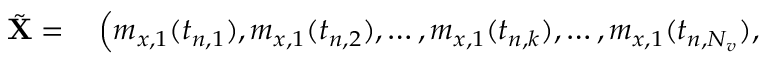
\begin{array} { r l } { \tilde { \mathbf { X } } = } & { { } \left( m _ { x , 1 } ( t _ { n , 1 } ) , m _ { x , 1 } ( t _ { n , 2 } ) , \ldots , m _ { x , 1 } ( t _ { n , k } ) , \ldots , m _ { x , 1 } ( t _ { n , N _ { v } } ) , \right. } \end{array}